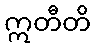
ဣတီတိ